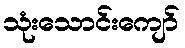
သုံးသောင်းကျော်